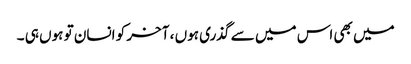
میں بھی اس میں سے گذری ہوں ، آخر کو انسان تو ہوں ہی ۔